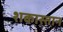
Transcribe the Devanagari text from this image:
शकास्तान